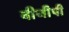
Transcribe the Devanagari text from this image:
वीजीपी